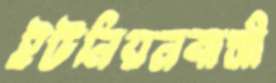
ইউনিয়নবাসী